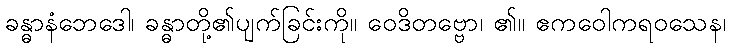
ခန္ဓာနံဘေဒေါ၊ ခန္ဓာတို့၏ပျက်ခြင်းကို။ ဝေဒိတဗ္ဗော၊ ၏။ ဧကဝေါကရဝသေန၊